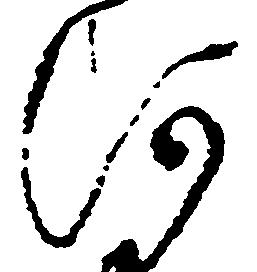
河